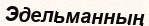
Эдельманның